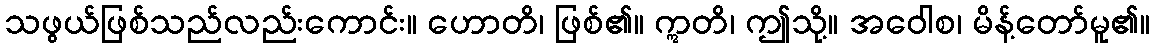
သဖွယ်ဖြစ်သည်လည်းကောင်း။ ဟောတိ၊ ဖြစ်၏။ ဣတိ၊ ဤသို့။ အဝေါစ၊ မိန့်တော်မူ၏။